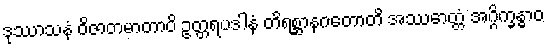
ဒုဿာသနံ ဝိဇာတမာတာပိ ဥတ္တရပဒါနံ တိရစ္ဆာနဂတောတိ အဿောတ္တံ အဂ္ဂိက္ခန္ဓာဝ